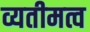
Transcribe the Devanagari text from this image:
व्यतीमत्व